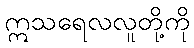
ဣသရေလလူတို့ကို